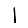
Digit: 1